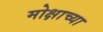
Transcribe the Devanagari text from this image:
मोक्षाच्या